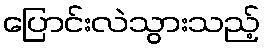
ပြောင်းလဲသွားသည့်